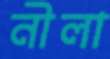
নীলা